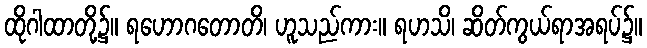
ထိုဂါထာတို့၌။ ရဟောဂတောတိ၊ ဟူသည်ကား။ ရဟသိ၊ ဆိတ်ကွယ်ရာအရပ်၌။